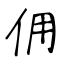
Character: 佣